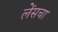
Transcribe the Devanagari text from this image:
लेंसचा